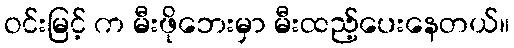
ဝင်းမြင့် က မီးဖိုဘေးမှာ မီးထည့်ပေးနေတယ်။